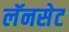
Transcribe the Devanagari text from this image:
लॅनसेट